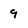
Character: 9